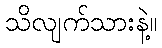
သိလျက်သားနဲ့။